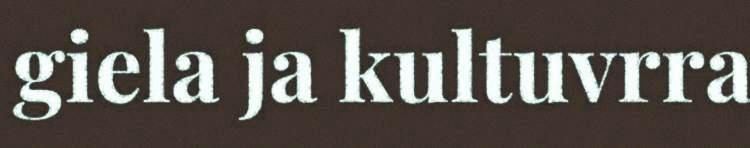
giela ja kultuvrra